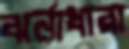
ঝর্নাধারা